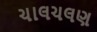
ચાલચલણ